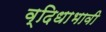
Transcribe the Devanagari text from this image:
व्दिधाभावी